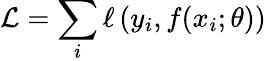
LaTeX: \mathcal{L}=\sum_{i}\ell\left(y_{i},f(x_{i};\theta)\right)